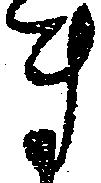
ま